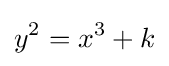
y^{2}=x^{3}+k